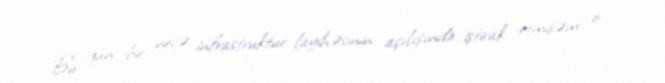
Bu gün bir neçə infrastruktur layihəsinin açılışında iştirak etmişəm, o